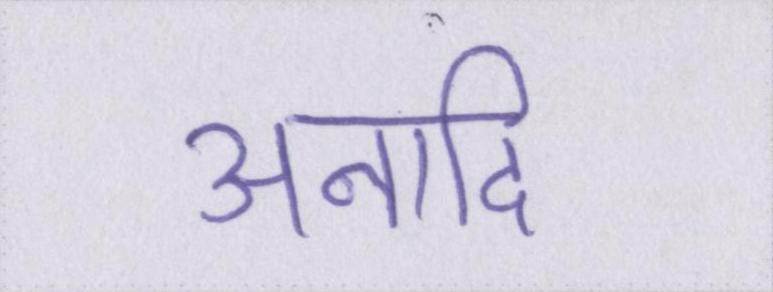
अनादि